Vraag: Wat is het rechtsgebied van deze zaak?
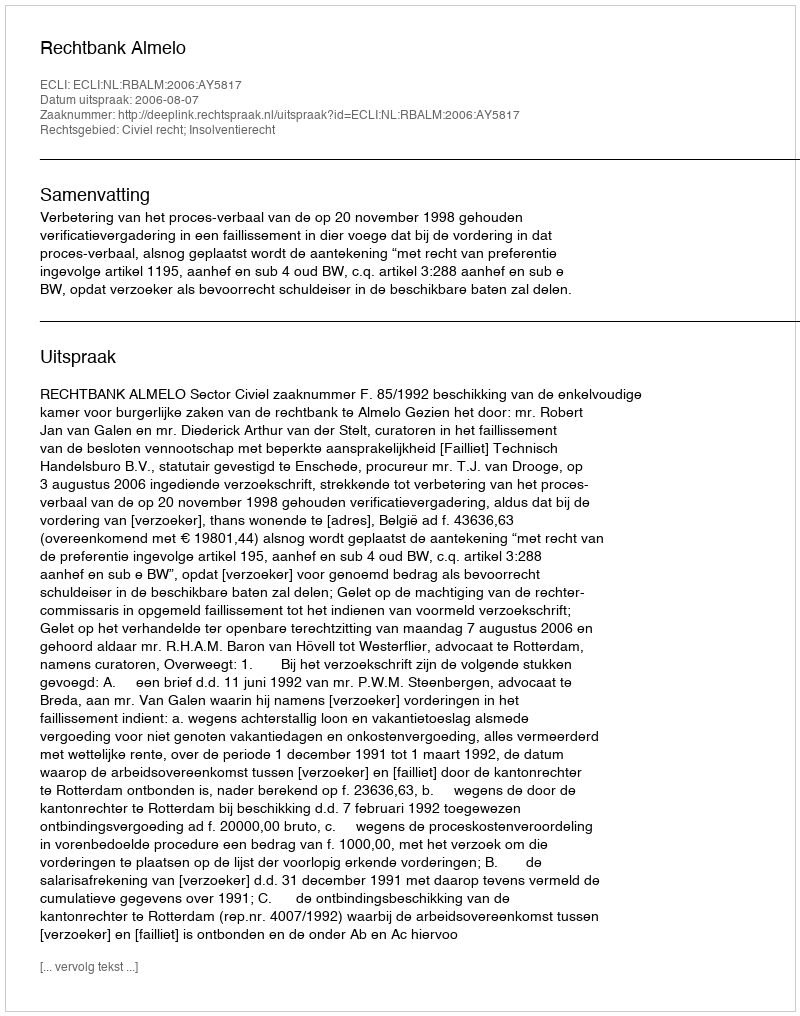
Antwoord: Civiel recht; Insolventierecht